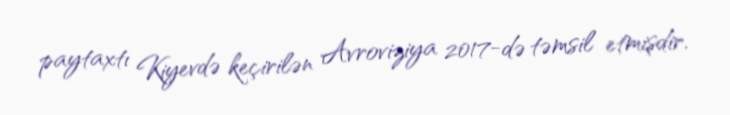
paytaxtı Kiyevdə keçirilən Avroviziya 2017-də təmsil etmişdir.